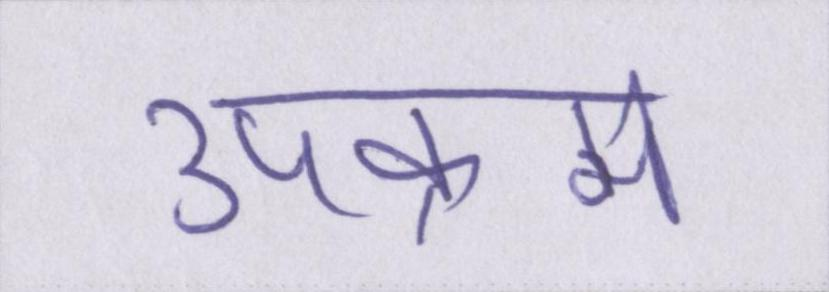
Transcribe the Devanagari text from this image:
उपक्रम